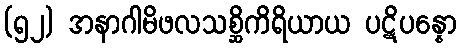
(၅၂) အနာဂါမိဖလသစ္ဆိကိရိယာယ ပဋိပန္နော